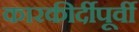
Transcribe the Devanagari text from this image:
कारकीर्दीपूर्वी